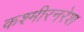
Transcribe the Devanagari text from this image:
कश्मीरनरेश